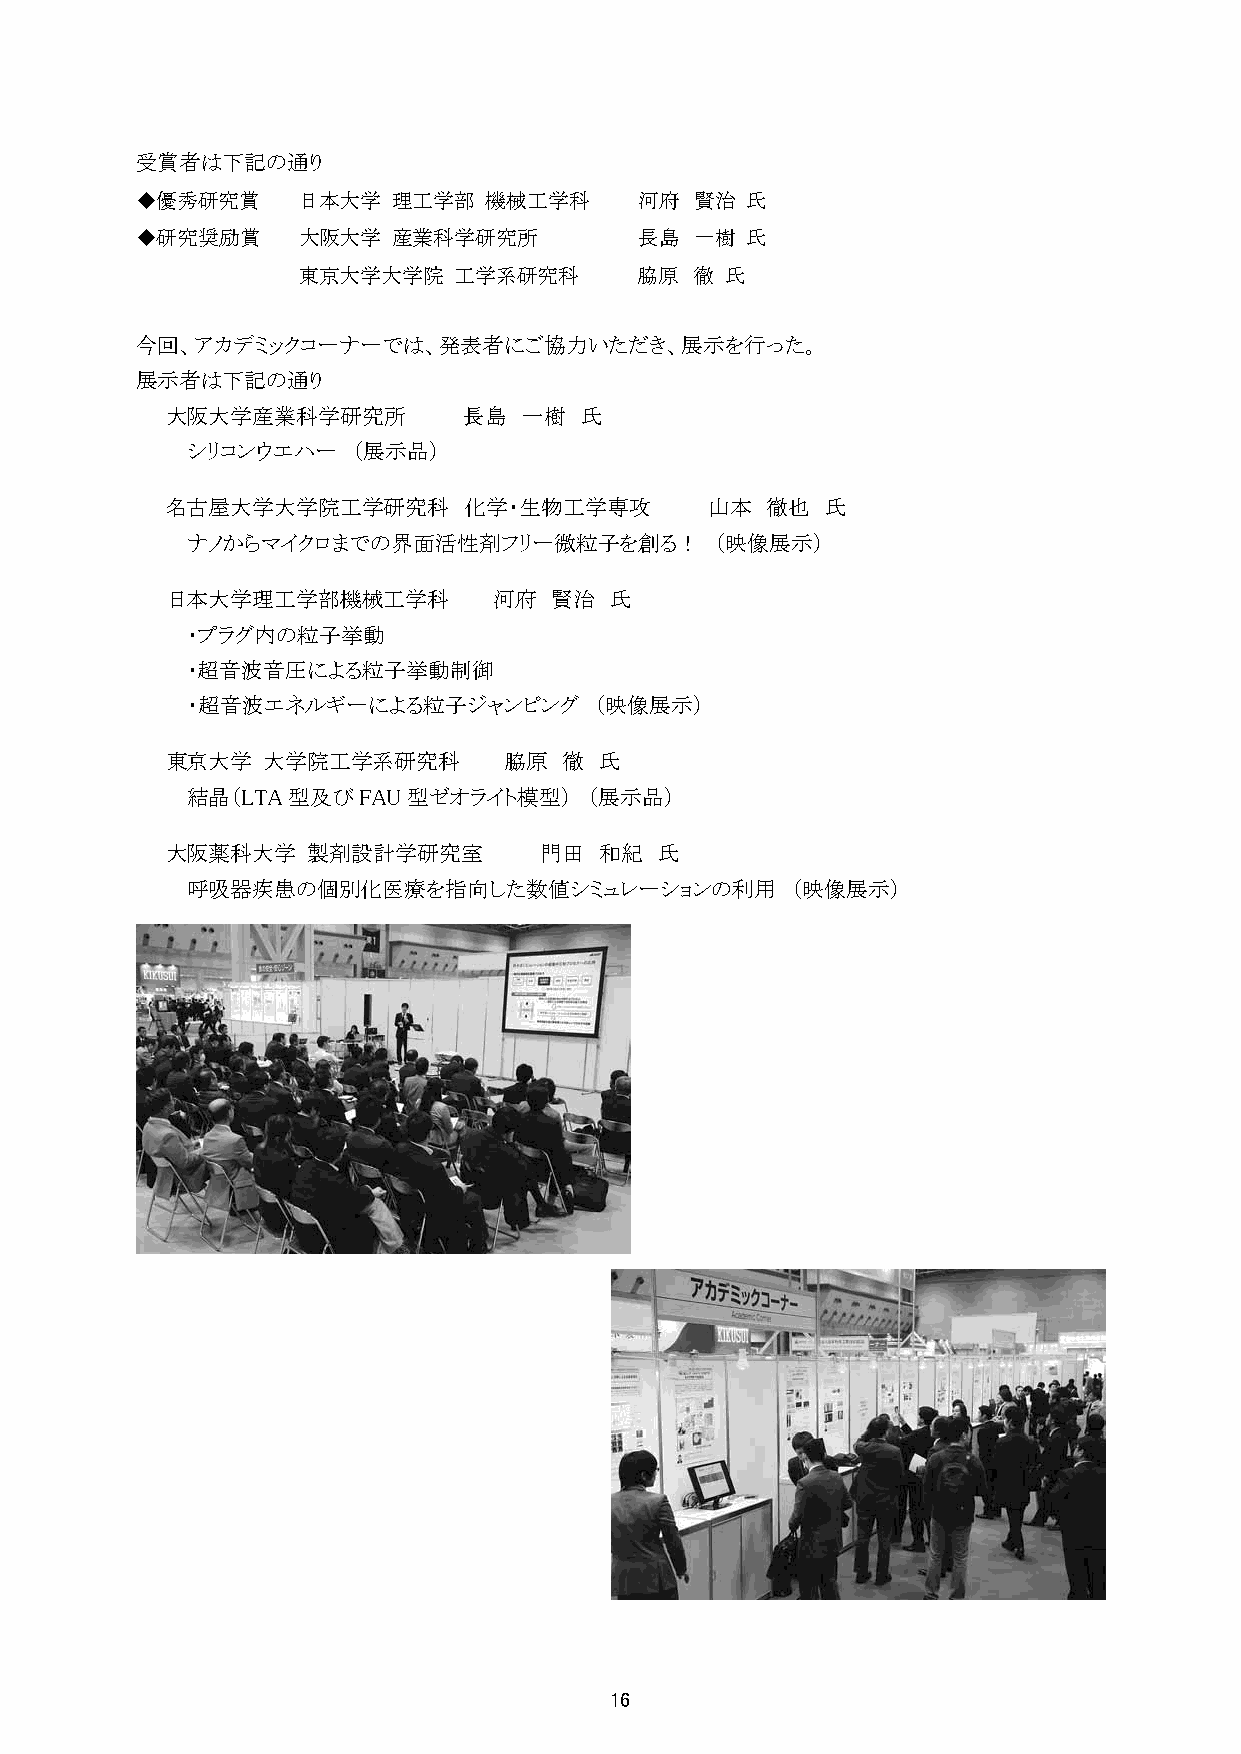
受賞者は下記の通り
 ◆優秀研究賞     日本大学  理工学部  機械工学科     河府  賢治 氏
 ◆研究奨励賞     大阪大学  産業科学研究所         長島  一樹 氏
 東京大学大学院   工学系研究科      脇原  徹 氏
 今回、アカデミックコーナーでは、発表者にご協力いただき、展示を行った。
 展示者は下記の通り
 大阪大学産業科学研究所         長島  一樹 氏
 シリコンウエハー   （展示品）
 名古屋大学大学院工学研究科       化学・生物工学専攻       山本  徹也  氏
 ナノからマイクロまでの界面活性剤フリー微粒子を創る！         （映像展示）
 日本大学理工学部機械工学科         河府  賢治 氏
 ・プラグ内の粒子挙動
 ・超音波音圧による粒子挙動制御
 ・超音波エネルギーによる粒子ジャンピング       （映像展示）
 東京大学  大学院工学系研究科       脇原  徹  氏
 結晶（LTA型及びFAU型ゼオライト模型）      （展示品）
 大阪薬科大学   製剤設計学研究室        門田  和紀  氏
 呼吸器疾患の個別化医療を指向した数値シミュレーションの利用           （映像展示）
 16
 16